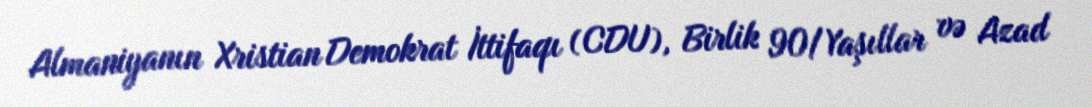
Almaniyanın Xristian Demokrat İttifaqı (CDU), Birlik 90/Yaşıllar və Azad